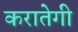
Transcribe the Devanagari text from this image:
करातेगी